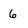
Character: 6